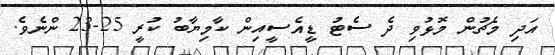
އަދި މެޗުން މޮޅުވި ދެ ސެޓު ޑީއެސީއިން ކާމިޔާބު ކުރީ 25-23 ންނެވެ.